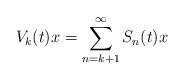
LaTeX: \begin{align*} V_k(t)x=\sum_{n=k+1}^\infty S_n(t)x \end{align*}